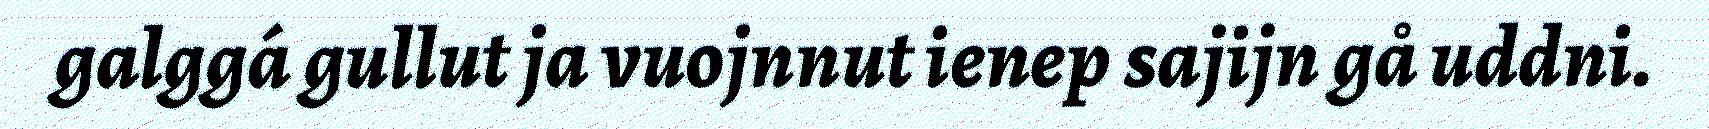
galggá gullut ja vuojnnut ienep sajijn gå uddni.